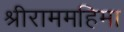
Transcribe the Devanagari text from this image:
श्रीराममहिमा